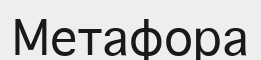
Метафора